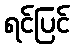
ရင်ပြင်